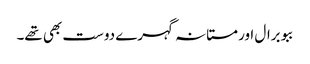
ببو برال اور مستانہ گہرے دوست بھی تھے۔